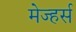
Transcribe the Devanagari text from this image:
मेज्हर्स